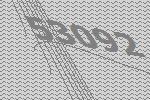
53092